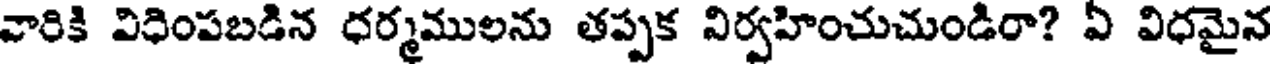
వారికి విధింపబడిన ధర్మములను తప్పక నిర్వహించుచుండిరా? ఏ విధమైన